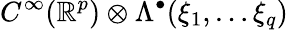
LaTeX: C^{\infty}(\mathbb{R}^{p})\otimes\Lambda^{\bullet}(\xi_{1},\dots\xi_{q})